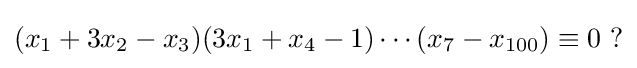
(x_{1}+3x_{2}-x_{3})(3x_{1}+x_{4}-1)\cdots (x_{7}-x_{100})\equiv 0\ ?